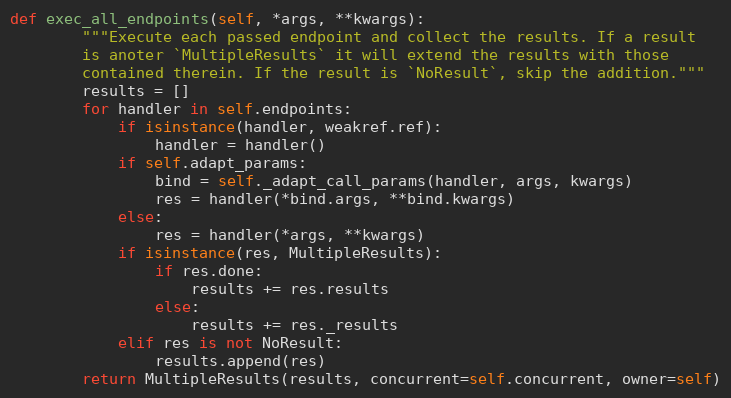
Language: Python
def exec_all_endpoints(self, *args, **kwargs):
        """Execute each passed endpoint and collect the results. If a result
        is anoter `MultipleResults` it will extend the results with those
        contained therein. If the result is `NoResult`, skip the addition."""
        results = []
        for handler in self.endpoints:
            if isinstance(handler, weakref.ref):
                handler = handler()
            if self.adapt_params:
                bind = self._adapt_call_params(handler, args, kwargs)
                res = handler(*bind.args, **bind.kwargs)
            else:
                res = handler(*args, **kwargs)
            if isinstance(res, MultipleResults):
                if res.done:
                    results += res.results
                else:
                    results += res._results
            elif res is not NoResult:
                results.append(res)
        return MultipleResults(results, concurrent=self.concurrent, owner=self)